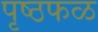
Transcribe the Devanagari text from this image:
पृष्ठफळ